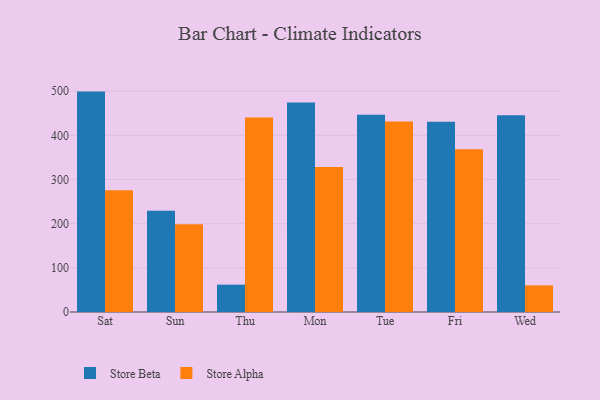
{"axis": {"x": "Day", "y": "Page Views"}, "legend": ["Store Alpha", "Store Beta"], "data": [{"x": "Sat", "y": 499.0, "type": "Store Beta"}, {"x": "Sat", "y": 275.8, "type": "Store Alpha"}, {"x": "Sun", "y": 229.0, "type": "Store Beta"}, {"x": "Sun", "y": 198.7, "type": "Store Alpha"}, {"x": "Thu", "y": 61.9, "type": "Store Beta"}, {"x": "Thu", "y": 440.6, "type": "Store Alpha"}, {"x": "Mon", "y": 474.1, "type": "Store Beta"}, {"x": "Mon", "y": 328.5, "type": "Store Alpha"}, {"x": "Tue", "y": 446.5, "type": "Store Beta"}, {"x": "Tue", "y": 431.4, "type": "Store Alpha"}, {"x": "Fri", "y": 431.0, "type": "Store Beta"}, {"x": "Fri", "y": 368.3, "type": "Store Alpha"}, {"x": "Wed", "y": 445.5, "type": "Store Beta"}, {"x": "Wed", "y": 60.3, "type": "Store Alpha"}]}